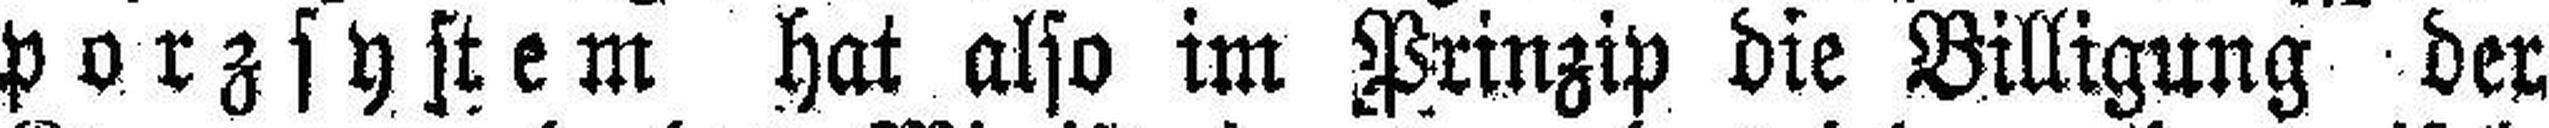
porzsystem hat also im Prinzip die Billigung der